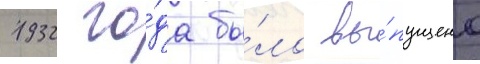
1932 го́да бы́ло вы́пущено